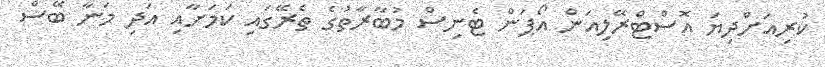
ކުރިއަށްދިޔަ އޮސްޓްރޭލިއަން އޯޕަން ޓެނިސް މުބާރާތުގެ ތެރޭގައި ކަމަށާއި އަދި މަނާ ބޭސް